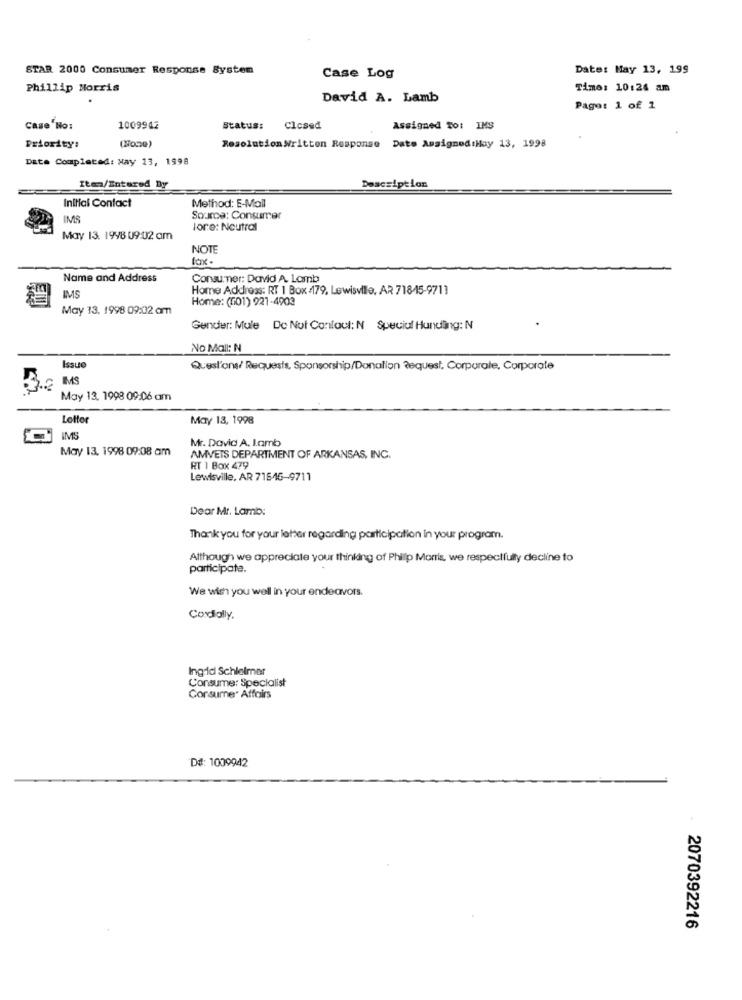
STAR 2000 Consumer Response System
Date: May 13, 199
Case Log
Phillip Morris
Time: 10:24 am
David A. Lamb
Page: 1 of 1
Case No:
1009942
Status:
Closed
Assigned To: IMS
Priority:
(Noce)
Resolution Written Response Date Assigned:Hay 13, 1998
Date Completed: May 13, 1998
Iten/Entered Dy
Description
Initial Contact
Method: E-Mail
INS
Source: Consumer
lore: Neutral
May 13. 1998 09:02 am
NOTE
Name and Address
Consummer: David A. Lamb
Home Address: RT 1 Box :179, Lewisville, AR 718-15-9711
IMS
Home: (101) 921-4903
May 13, 1998 09:02 am
Gender: Mule Do Not Contout: N Speciul Hunding: N
No Mall: N
Issue
Questions/ Requests, Sponsorship/Donation Request, Corporate, Corporate
IMS
May 13, 1998 09:06 am
Lotter
May 13, 1998
IMS
Mr. David A. L.amb
May 13, 1998 09:08 am
AMVETS DEPARTMENT OF ARKANSAS, INC.
RT 1 Box 479
Lewisville, AR 71646-9711
Dear Mr. Lamb:
Thank you for your letter regarding participation In your program.
Although we appreciate your thinking of Philip Morris, we respectfully decline to
participate.
We wish you well in your endeavors.
Cordially.
Ingrid Schleimer
Consume: Specialist
Consumer Affairs
De: 1009942
2070392216